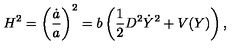
H ^ { 2 } = \left( { \frac { \dot { a } } { a } } \right) ^ { 2 } = b \left( { \frac { 1 } { 2 } } D ^ { 2 } \dot { Y } ^ { 2 } + V ( Y ) \right) ,